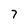
Character: 7